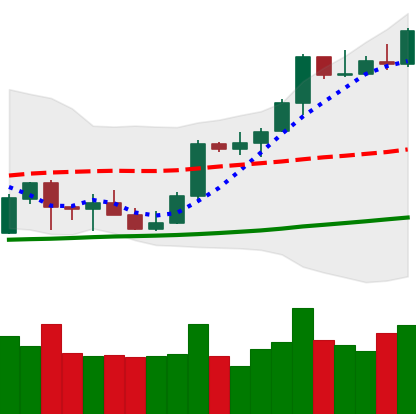
Ticker: BTC-USD
Chart end date: 2021-10-11
Forward return: 5.927%
Label: up_5_7